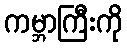
ကမ္ဘာကြီးကို